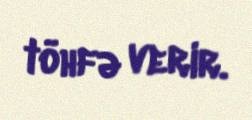
töhfə verir.